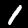
Label: 1